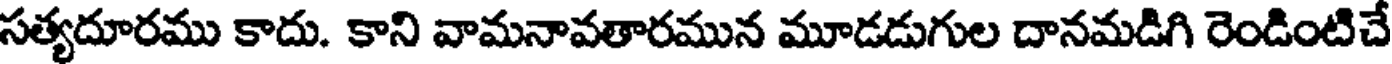
సత్యదూరము కాదు. కాని వామనావతారమున మూడడుగుల దానమడిగి రెండింటిచే